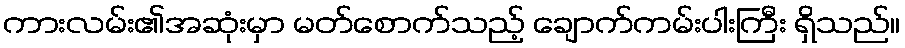
ကားလမ်း၏အဆုံးမှာ မတ်စောက်သည့် ချောက်ကမ်းပါးကြီး ရှိသည်။